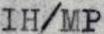
IH/MP